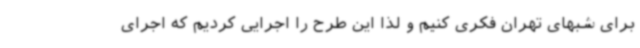
برای شبهای تهران فکری کنیم و لذا این طرح را اجرایی کردیم که اجرای